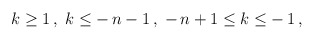
\begin{align*}\:k \geq 1 \,, \; k \leq -\,n - 1 \,, \; -\,n + 1 \leq k \leq -\,1 \,,\:\end{align*}